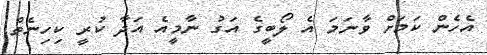
އެހެން ކަމަށް ވާނަމަ އެ ލޯބީގެ އަގު ނާމީއެ އަދާ ކުރީ ކިހިނެތް